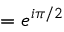
= e ^ { i \pi / 2 }